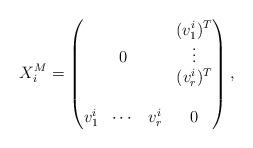
LaTeX: \begin{align*}X^M_i=\begin{pmatrix}& & &(v_1^i)^T\\&0& &\vdots\\& & &(v_{r}^i)^T\\& & &\\v_1^i&\cdots&v_{r}^i&0\end{pmatrix},\end{align*}